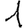
Digit: 1